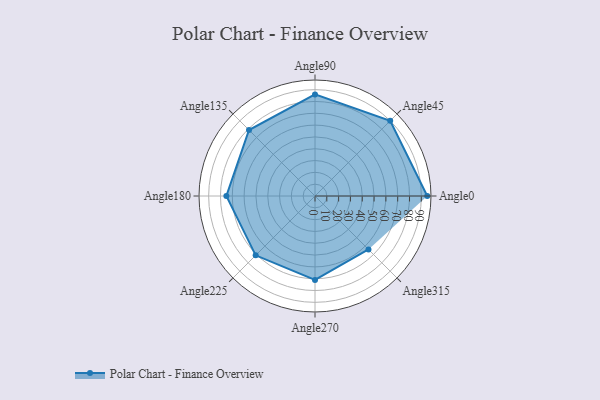
{"axis": {"x": "Angle", "y": "Radius"}, "legend": [""], "data": [{"x": "Angle0", "y": 95.0, "type": ""}, {"x": "Angle45", "y": 90.0, "type": ""}, {"x": "Angle90", "y": 86.0, "type": ""}, {"x": "Angle135", "y": 79.0, "type": ""}, {"x": "Angle180", "y": 75.0, "type": ""}, {"x": "Angle225", "y": 71.0, "type": ""}, {"x": "Angle270", "y": 71.0, "type": ""}, {"x": "Angle315", "y": 64.0, "type": ""}]}